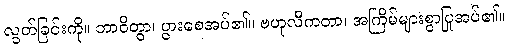
လွတ်ခြင်းကို။ ဘာဝိတွာ၊ ပွားစေအပ်၏။ ဗဟုလီကတာ၊ အကြိမ်များစွာပြုအပ်၏။